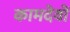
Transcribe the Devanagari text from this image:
कामदेवों